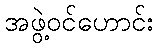
အဖွဲ့ဝင်ဟောင်း